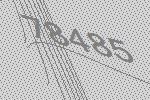
78485